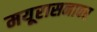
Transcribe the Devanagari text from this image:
मयूरासनावर